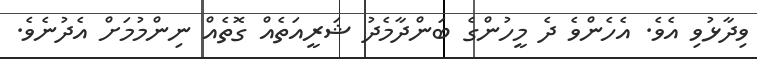
ވިދާޅުވި އެވެ. އެހެންވެ ދެ މީހުންގެ ބަންދާމެދު ޝަރީއަތެއް ގޮތެއް ނިންމުމަށް އެދުނެވެ.